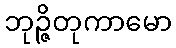
ဘုဉ္ဇိတုကာမော